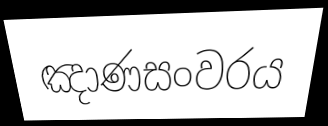
ඤාණසංවරය